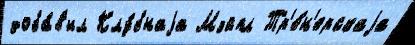
доба́в'ил Клу́бнаjа Мэйпл Тр'е́н'ерскаjа